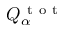
Q _ { \alpha } ^ { \mathrm { ~ t ~ o ~ t ~ } }